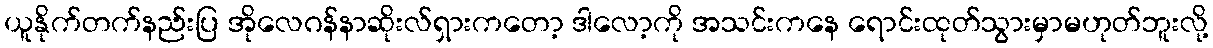
ယူနိုက်တက်နည်းပြ အိုလေဂန်နာဆိုးလ်ရှားကတော့ ဒါလော့ကို အသင်းကနေ ရောင်းထုတ်သွားမှာမဟုတ်ဘူးလို့